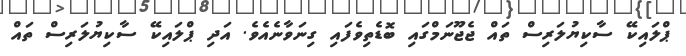
ޕްލައިކޭ ސާކިޔުލަރިސް ތައް ޖެޖޫނަމްގައި ބޮޑެތިވެފައި ގިނަވާނެއެވެ. އަދި ޕްލައިކޭ ސާކިޔުލަރިސް ތައް